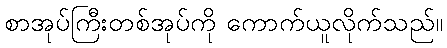
စာအုပ်ကြီးတစ်အုပ်ကို ကောက်ယူလိုက်သည်။